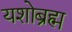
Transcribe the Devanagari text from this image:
यशोब्रह्म